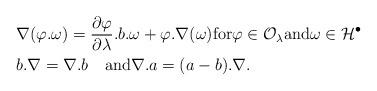
LaTeX: \begin{align*} & \nabla(\varphi.\omega) = \frac{\partial \varphi}{\partial \lambda}.b.\omega + \varphi.\nabla(\omega) {\rm for} \varphi \in \mathcal{O}_{\lambda} {\rm and} \omega \in \mathcal{H}^{\bullet}\\ & b.\nabla = \nabla.b \quad{\rm and} \nabla.a = (a - b).\nabla. \end{align*}